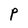
Character: P